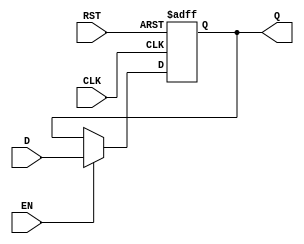
module Registro_4b (
	input			RST,	//	Reset maestro
	input			CLK,	//	Reloj maestro
	input			EN,		//	Habilitacion
	input[3:0]		D,		//	Entrada
	output reg[3:0]	Q		//	Salida
	);
	
	reg[3:0] Qp, Qn; 
	
	always @ (Qp,EN,D)
	begin : Combinacional 
		if (EN)
			Qn = D;		//	Cargar
		else
			Qn = Qp;	//	Sostener
		Q = Qp;
	end
	
	always @ (posedge RST or posedge CLK)
	begin : Secuencial
		if (RST)
			Qp <= 0;
		else
			Qp <= Qn;
	end
	
/*	always @ (posedge RST or posedge CLK)
	begin 
		if (RST)
			Q <= 0;
		else begin 
			if (EN)
				Q <= D;	//	Cargar
			else
				Q <= Q;	//	Sostener
		end
	end		 */
	
endmodule